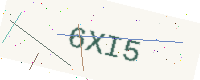
Text: 6XI5